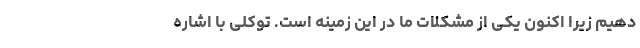
دهیم زیرا اکنون یکی از مشکلات ما در این زمینه‌ است. توکلی با اشاره